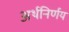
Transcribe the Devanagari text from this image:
अर्थनिर्णय